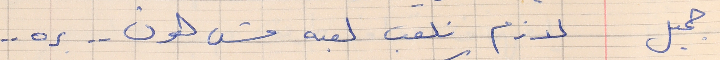
جميل     لازم نلعب لعبه مش هون  . .  بره . .